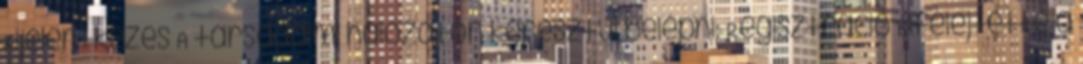
Kijelentkezés A társadalmi hálózaton keresztül belépni: Regisztráció Elfelejtette a